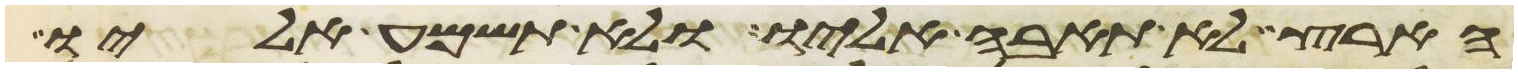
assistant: הארץ לא תאבה אליו ולא תשמע אליו